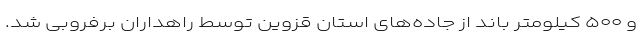
و ۵۰۰ کیلومتر باند از جاده‌های استان قزوین توسط راهداران برفروبی شد.